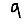
Digit: 9